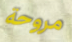
مروحة